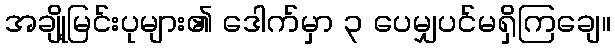
အချို့မြင်းပုများ၏ ဒေါက်မှာ ၃ ပေမျှပင်မရှိကြချေ။